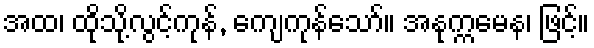
အထ၊ ထိုသို့လွင့်ကုန်, ကျေကုန်သော်။ အနုက္ကမေန၊ ဖြင့်။